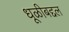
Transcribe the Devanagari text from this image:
धूळीबद्दल